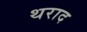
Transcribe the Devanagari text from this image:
थराद